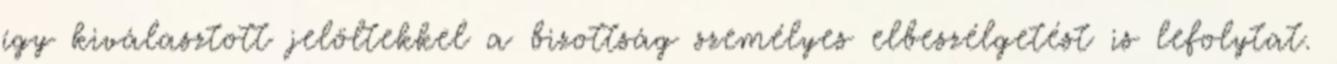
így kiválasztott jelöltekkel a bizottság személyes elbeszélgetést is lefolytat.